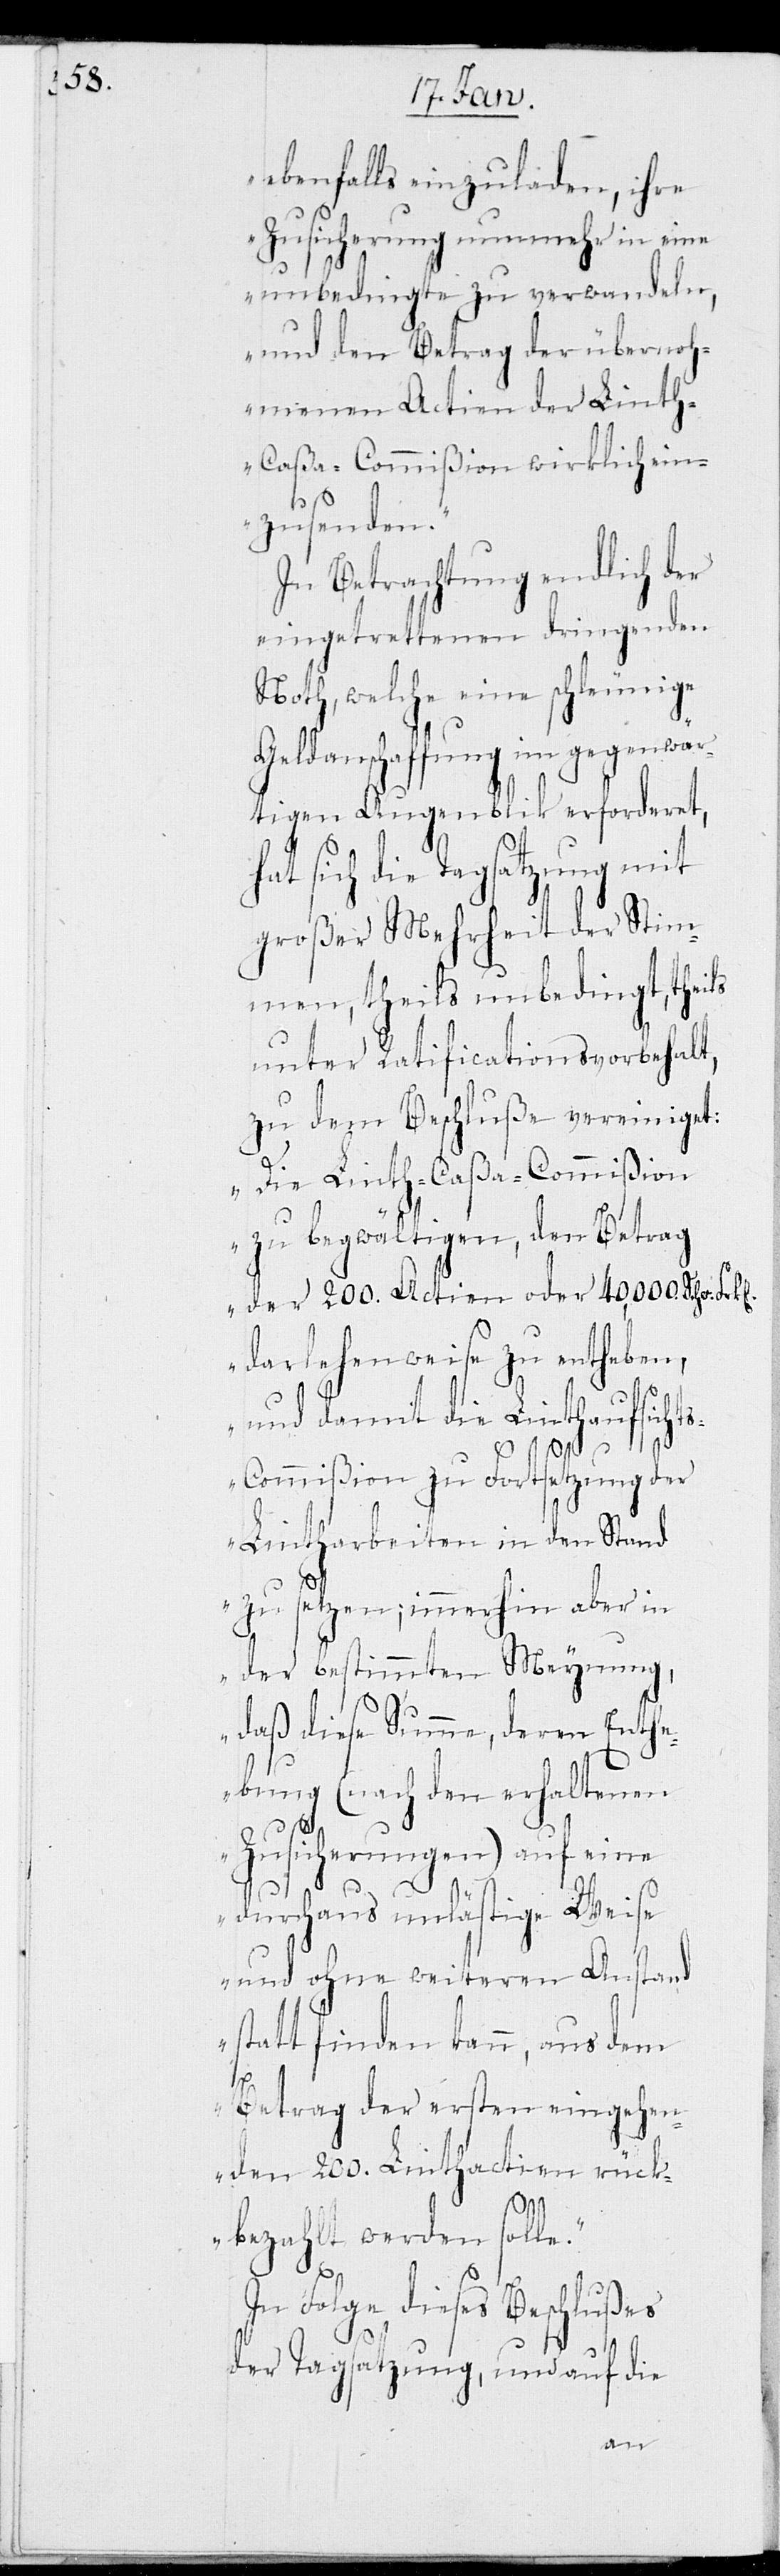
ebenfalls einzuladen, ihre
Zusicherung nunmehr in eine
unbedingte zu verwandeln,
und den Betrag der übernoh¬
menen Actien der Lint¬
h-Caßa-Commißion wirklich ein¬
zusenden.“
In Betrachtung endlich der
eingetrettenen dringenden
Noth, welche eine schleunige
Geldanschaffung im gegenwär¬
tigen Augenblick erfordert,
sich die Tagsatzung mit
großer Mehrheit der Stim¬
men, theils unbedingt, theils
unter Ratificationsvorbehalt,
zu dem Beschluße vereiniget:
„Die Linth-Caßa-Commißion
zu begwältigen, den Betrag
der 200. Actien oder 40,000. Schw.
darlehenweise zu entheben,
und damit die Linthaufsicht¬
s-Commißion zu Fortsetzung der
Lintharbeiten in den Stand
zu setzen; immerhin aber in
der bestimmten Meynung,
daß diese Summe, deren Enth¬
ebung (nach den erhaltenen
Zusicherungen) auf eine
durchaus unlästige Weise
und ohne weiteren Anstand
statt finden kann, aus dem
Betrag der ersten eingehen¬
den 200. Linthactien rück¬
bezahlt werden solle.“
In Folge dieses Beschlußes
der Tagsatzung, und auf die